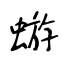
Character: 蝣